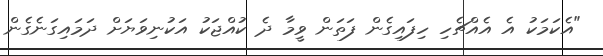
"އެކަމަކު އެ އެއްޗެހި ހިފައިގެން ފަތަން ވީމާ ދެ ކުއްޖަކު އަކުނިވަޔަށް ދަމައިގަނެގެން